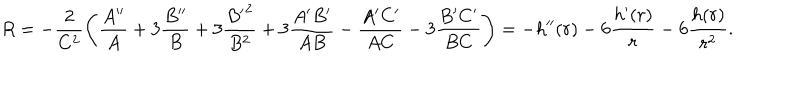
R = - \frac { 2 } { C ^ { 2 } } \left( \frac { A ^ { \prime \prime } } { A } + 3 \frac { B ^ { \prime \prime } } { B } + 3 \frac { { B ^ { \prime } } ^ { 2 } } { B ^ { 2 } } + 3 \frac { A ^ { \prime } B ^ { \prime } } { A B } - \frac { A ^ { \prime } C ^ { \prime } } { A C } - 3 \frac { B ^ { \prime } C ^ { \prime } } { B C } \right) = - h ^ { \prime \prime } ( r ) - 6 \frac { h ^ { \prime } ( r ) } { r } - 6 \frac { h ( r ) } { r ^ { 2 } } .